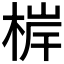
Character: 𭪤